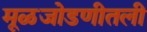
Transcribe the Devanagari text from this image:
मूळजोडणीतली